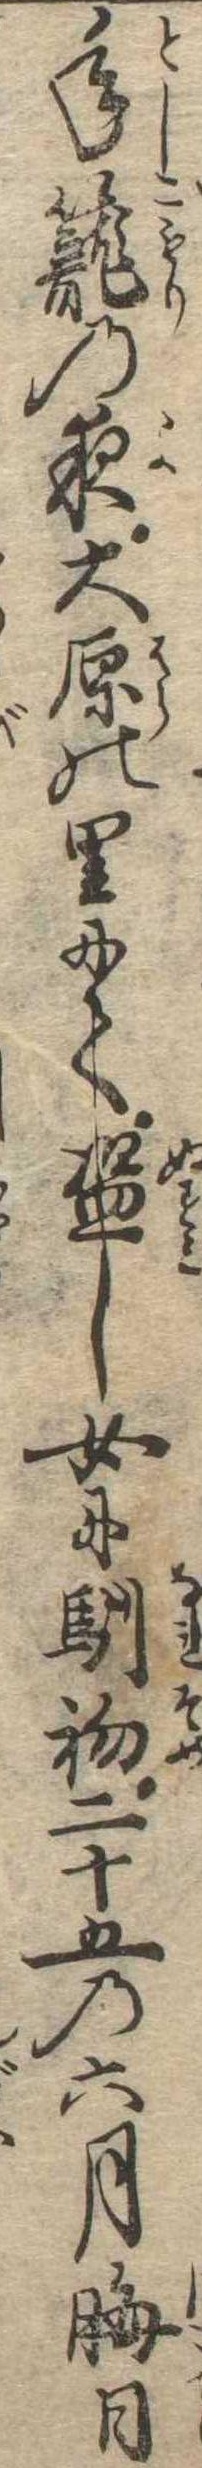
年篭の夜大原の里にて盗し女に馴初二十五の六月晦日